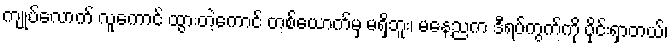
ကျုပ်လောက် လူကောင် ထွားတဲ့ကောင် တစ်ယောက်မှ မရှိဘူး၊ မနေ့ညက ဒီရပ်ကွက်ကို ဝိုင်းရှာတယ်၊